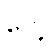
ပေါ့။